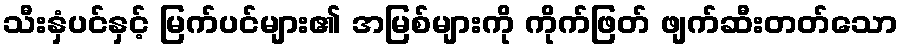
သီးနှံပင်နှင့် မြက်ပင်များ၏ အမြစ်များကို ကိုက်ဖြတ် ဖျက်ဆီးတတ်သော